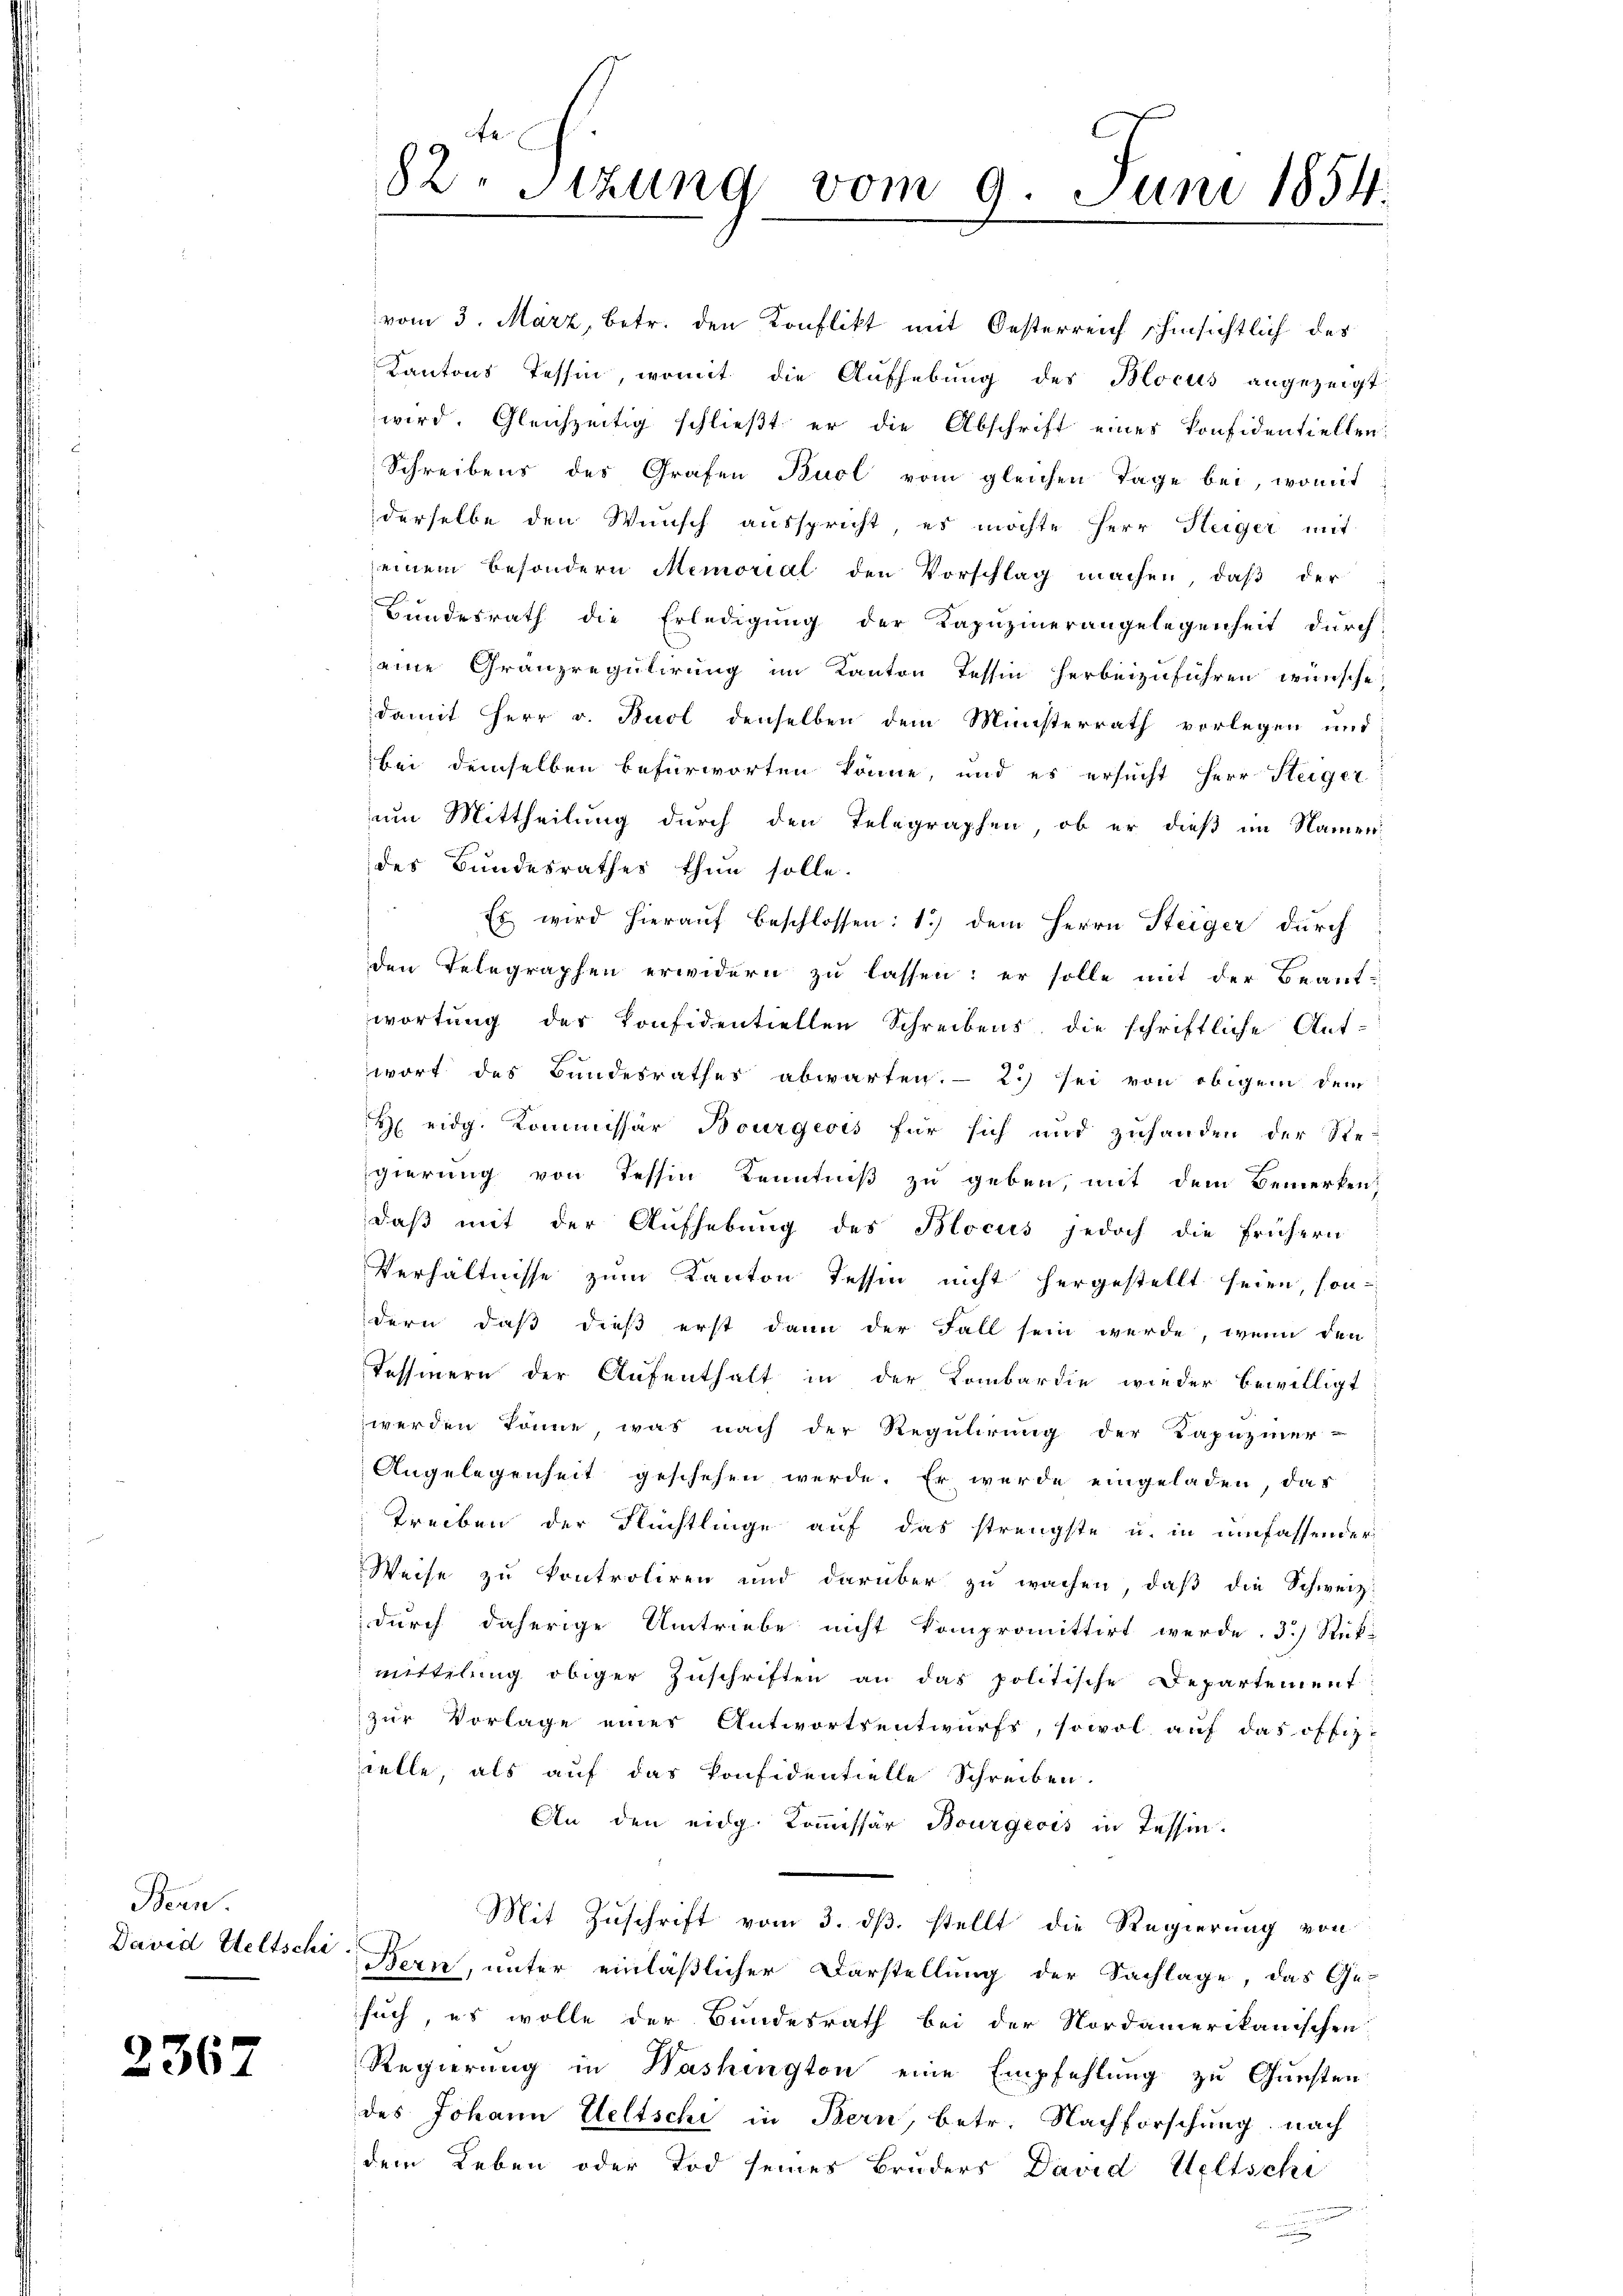
Bern
David Seltschi

2367

82. Sitzung vom 9. Juni 1854.

vom 3. März, betr. den Konflikt mit Oesterreich hinsichtlich des
Kantons Tessin, womit die Aufhebung des Blocus angezeigt
wird. Gleichzeitig schließt er die Abschrift eines konfidentiellen.
Schreibens des Grafen Buol vom gleichen Tage bei, womit
derselbe den Wunsch ausspricht, es möchte Herr Heiger mit
einem besondern Memorial den Vorschlag machen, daß der
Bundesrath die Erledigung der Kapuzinerangelegenheit durch
eine Grauzregulirung im Kanton Tessin herbeizuführen wünsche,
damit Herr v. Buol denselben dem Ministerrath vorlegen und
bei demselben befürworten könne, und es ersucht Herr Steiger
um Mittheilung durch den Telegraphen, ob er dieß im Namendes Bundesrathes thun solle.
Es wird hierauf beschlossen: 1.) dem Herrn Steiger durch
den Telegraphen erwidern zu lassen; er solle mit der Beantwortung der Konfidentiellen Schreibens, die schriftliche Ant-
wort des Bundesrathes abwarten. - 2.) sei von obigem dem
H eidg. Kommissär Bourgeois für sich und zuhanden der Ste-
gierung von Tessin Kenntniß zu geben, mit dem Bemerken,
daß mit der Aufhebung des Blocus jedoch die frühern
Verhältnisse zum Kanton Tessin nicht hergestellt seien, son-
dern, daß dieß erst dann der Fall sein werde, wenn den
Tessinern der Aufenthalt in der Kombardie wieder bewilligt
werden könne, was nach der Regulirung der Kapuziner-
Angelegenheit geschehen werde. Er werde eingeladen, das
Treiben der Flüchtlinge auf das strengste u. in umfassender
Weise zu kontroliren und darüber zu wachen, daß die Schweiz
durch daherige Umtriebe nicht kompromittirt werde. 3.) Rück-
mittelung obiger Zuschriften an das politische Departement:
zur Vorlage einer Antwortsentwurfs, sowol auf das offiz-
scelle, als auf das Konfidentielle Schreiben.
An den eidg. Kommissär Bourgeois in Tessin.
Mit Zuschrift vom 3. ds. stellt die Regierung von
Bern, unter einläßlicher Darstellung der Sachlage, das Ge-
such, es wolle der Bundesrath bei der Nordamerikanischen
Regierung in Washington eine Empfehlung zu Gunsten
des Johann Weltschi in Bern, betr. Nachforschung nach
dem Leben oder Tod seines Bruders David Weltschi
u